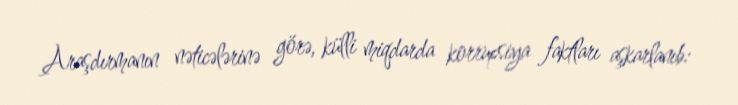
Araşdırmanın nəticələrinə görə, külli miqdarda korrupsiya faktları aşkarlanıb: